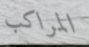
المراكب